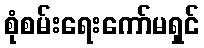
စုံစမ်းရေးကော်မရှင်